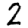
Digit: 2